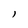
Character: l